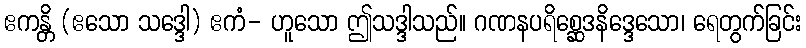
ဧကန္တိ (ဧသော သဒ္ဒေါ) ဧကံ- ဟူသော ဤသဒ္ဒါသည်။ ဂဏနပရိစ္ဆေဒနိဒ္ဒေသော၊ ရေတွက်ခြင်း